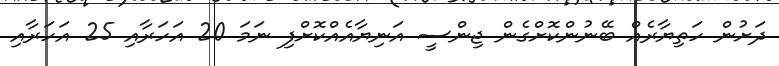
ދަށުން ހަތިޔާރެއް ބޭނުންކޮށްގެން ޖިންސީ އަނިޔާއެއްކޮށްފި ނަމަ 20 އަހަރާއި 25 އަހަރާއި